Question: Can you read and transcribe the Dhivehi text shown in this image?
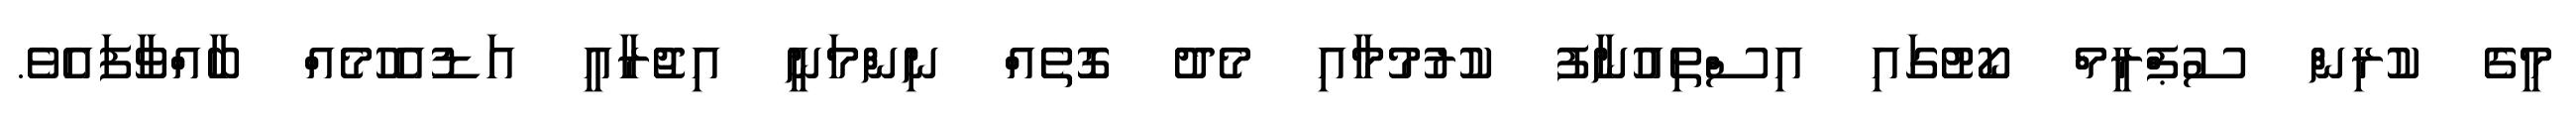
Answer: މީގެ ކުރިން ސުޕްރީމް ކޯޓުގައި އިސްތިއުނާފު ކުރުމުމާއި މެދު ގޮތެއް ނިންމަނީ އިޖުރާއީ އަޑުއެހުމެއް ބާއްވާފައެވެ.